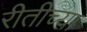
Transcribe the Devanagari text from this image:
रीतीच्या